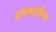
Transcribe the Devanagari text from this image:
अवकलनिय